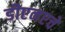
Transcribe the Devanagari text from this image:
डीएनएचे